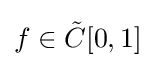
f\in {\tilde {C}}[0,1]